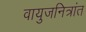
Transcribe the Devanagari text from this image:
वायुजनित्रांत